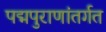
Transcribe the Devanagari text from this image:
पद्मपुराणांतर्गत